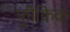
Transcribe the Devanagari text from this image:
फ़्रीकिक